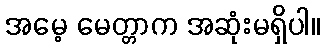
အမေ့ မေတ္တာက အဆုံးမရှိပါ။